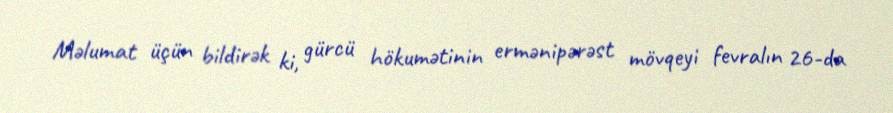
Məlumat üçün bildirək ki, gürcü hökumətinin ermənipərəst mövqeyi fevralın 26-da